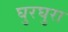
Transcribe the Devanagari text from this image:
घुरघुरा